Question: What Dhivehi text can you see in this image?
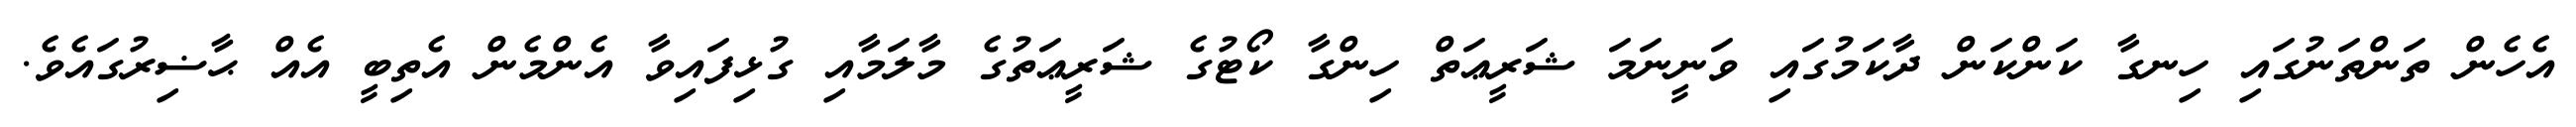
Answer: އެހެން ތަންތަނުގައި ހިނގާ ކަންކަން ދާކަމުގައި ވަނީނަމަ ޝަރީޢަތް ހިންގާ ކޯޓުގެ ޝަރީޢަތުގެ މާލަމާއި ގުޅިފައިވާ އެންމެން އެތިބީ އެއް ޙާޟިރުގައެވެ.